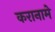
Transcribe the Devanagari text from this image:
करानामे